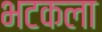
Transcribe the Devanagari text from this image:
भटकला